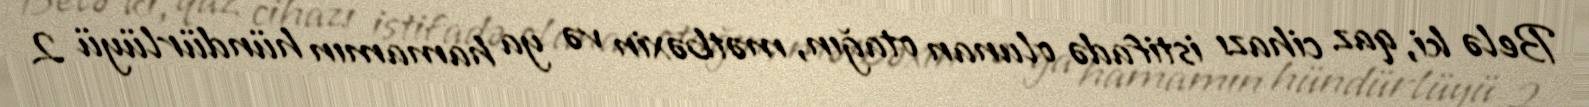
Belə ki, qaz cihazı istifadə olunan otağın, mətbəxin və ya hamamın hündürlüyü 2